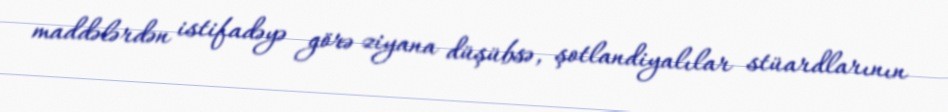
maddələrdən istifadəyə görə ziyana düşübsə, şotlandiyalılar stüardlarının